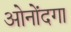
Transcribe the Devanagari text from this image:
ओनोंदगा